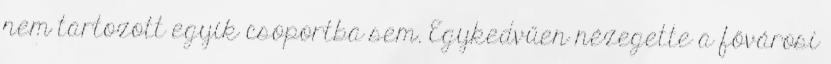
nem tartozott egyik csoportba sem. Egykedvűen nézegette a fővárosi